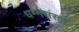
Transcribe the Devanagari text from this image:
धम्मसंसद